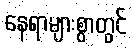
နေရာများစွာတွင်